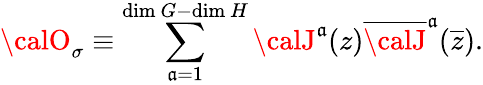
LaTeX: {\calO}_{\sigma}\equiv\sum_{\mathfrak{a}=1}^{\mathrm{{dim~}}G-\mathrm{{dim~}}H}{\calJ}^{\mathfrak{a}}(z)\overline{{{{\calJ}}}}^{\mathfrak{a}}(\overline{{{z}}}).